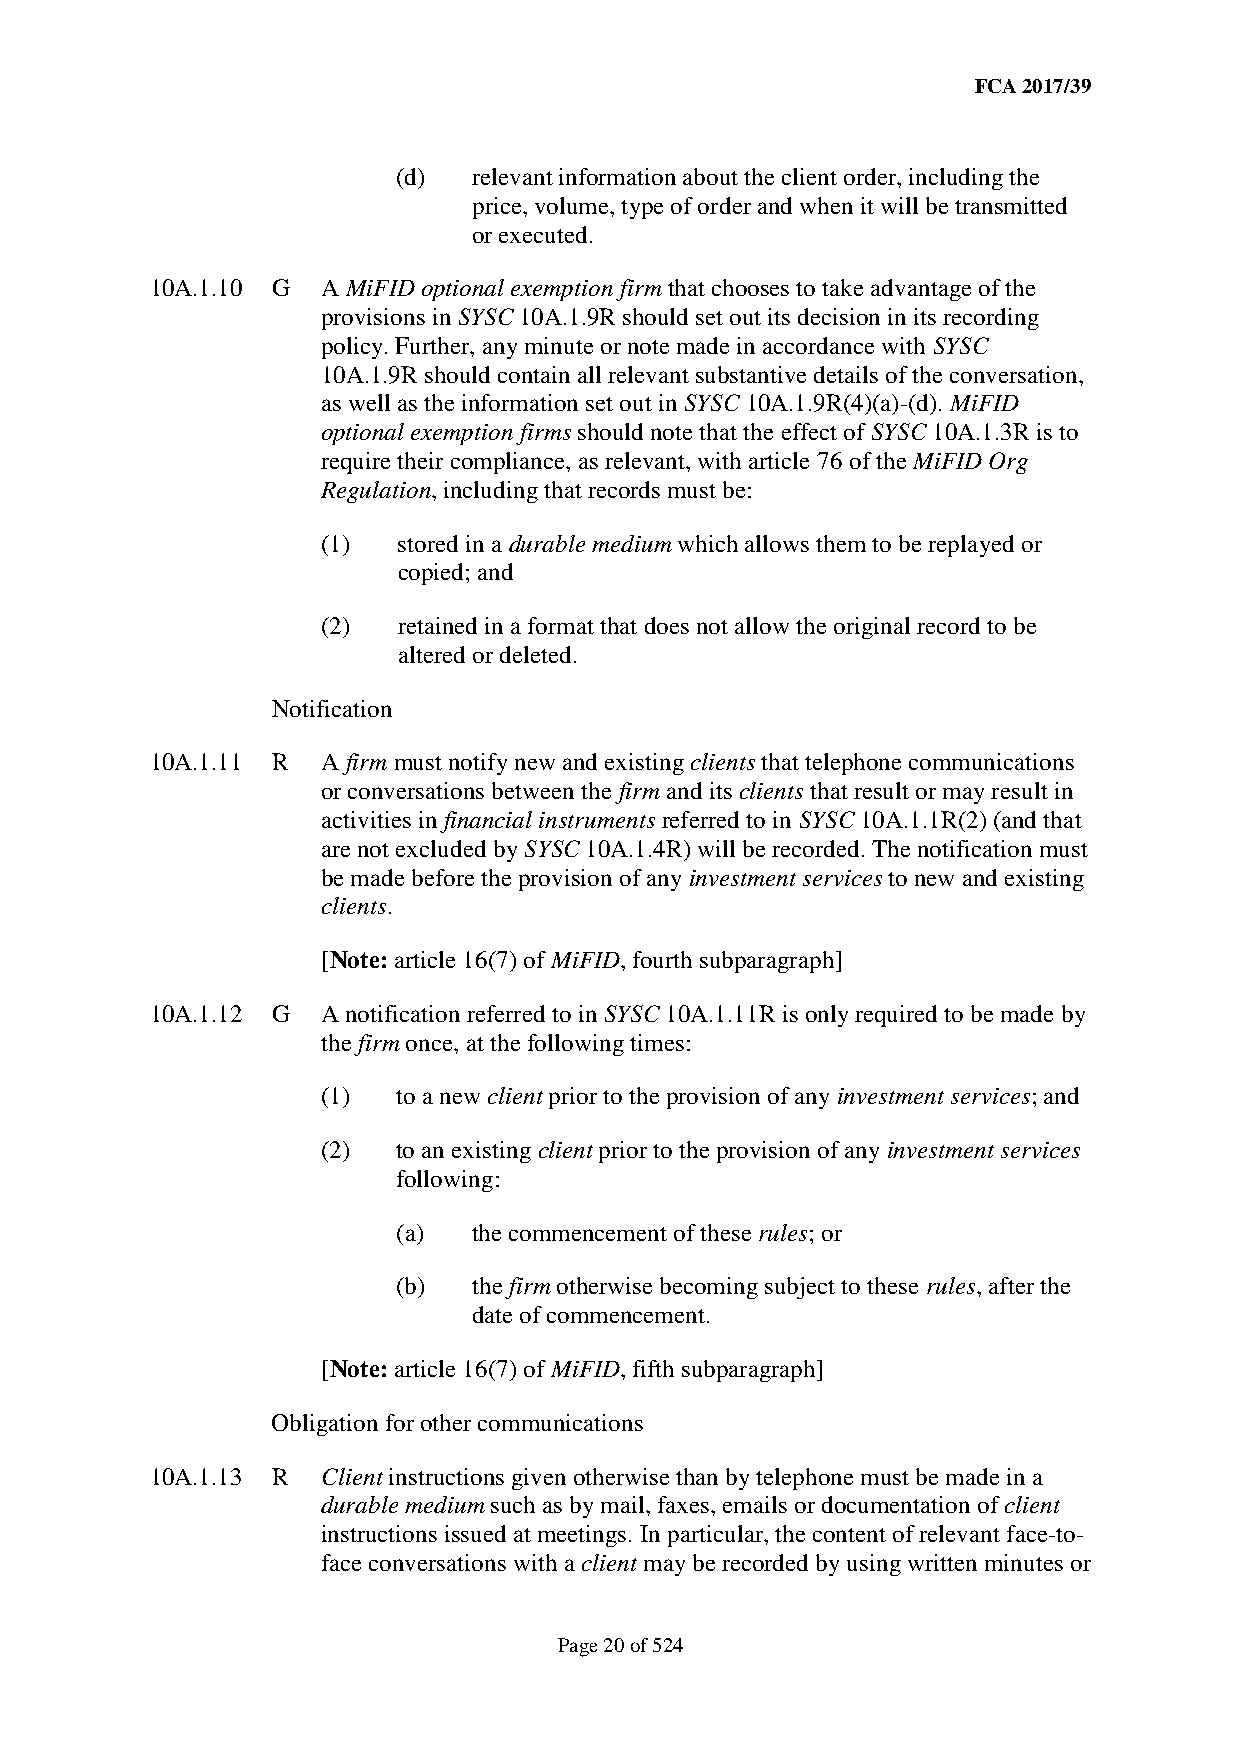
FCA 2017/39
 (d)  relevant information about the client order, including the
 price, volume, type of order and when it will be transmitted
 or executed.
 10A.1.10 G A MiFID optional exemption firm that chooses to take advantage of the
 provisions in SYSC 10A.1.9R should set out its decision in its recording
 policy. Further, any minute or note made in accordance with SYSC
 10A.1.9R should contain all relevant substantive details of the conversation,
 as well as the information set out in SYSC 10A.1.9R(4)(a)-(d). MiFID
 optional exemption firms should note that the effect of SYSC 10A.1.3R is to
 require their compliance, as relevant, with article 76 of the MiFID Org
 Regulation, including that records must be:
 (1)  stored in a durable medium which allows them to be replayed or
 copied; and
 (2)  retained in a format that does not allow the original record to be
 altered or deleted.
 Notification
 10A.1.11 R A firm must notify new and existing clients that telephone communications
 or conversations between the firm and its clients that result or may result in
 activities in financial instruments referred to in SYSC 10A.1.1R(2) (and that
 are not excluded by SYSC 10A.1.4R) will be recorded. The notification must
 be made before the provision of any investment services to new and existing
 clients.
 [Note: article 16(7) of MiFID, fourth subparagraph]
 10A.1.12 G A notification referred to in SYSC 10A.1.11R is only required to be made by
 the firm once, at the following times:
 (1)  to a new client prior to the provision of any investment services; and
 (2)  to an existing client prior to the provision of any investment services
 following:
 (a)  the commencement of these rules; or
 (b)  the firm otherwise becoming subject to these rules, after the
 date of commencement.
 [Note: article 16(7) of MiFID, fifth subparagraph]
 Obligation for other communications
 10A.1.13 R Client instructions given otherwise than by telephone must be made in a
 durable medium such as by mail, faxes, emails or documentation of client
 instructions issued at meetings. In particular, the content of relevant face-to-
 face conversations with a client may be recorded by using written minutes or
 Page 20 of 524